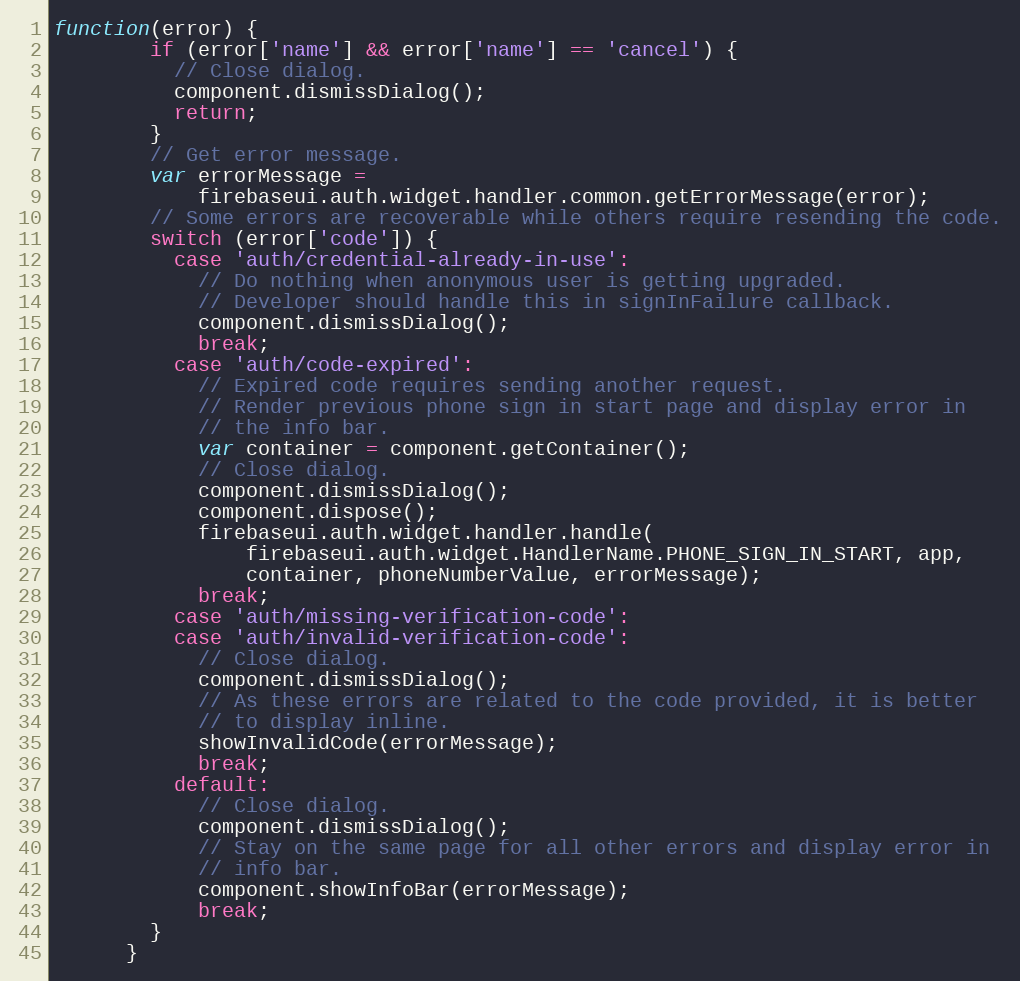
Language: JavaScript
function(error) {
        if (error['name'] && error['name'] == 'cancel') {
          // Close dialog.
          component.dismissDialog();
          return;
        }
        // Get error message.
        var errorMessage =
            firebaseui.auth.widget.handler.common.getErrorMessage(error);
        // Some errors are recoverable while others require resending the code.
        switch (error['code']) {
          case 'auth/credential-already-in-use':
            // Do nothing when anonymous user is getting upgraded.
            // Developer should handle this in signInFailure callback.
            component.dismissDialog();
            break;
          case 'auth/code-expired':
            // Expired code requires sending another request.
            // Render previous phone sign in start page and display error in
            // the info bar.
            var container = component.getContainer();
            // Close dialog.
            component.dismissDialog();
            component.dispose();
            firebaseui.auth.widget.handler.handle(
                firebaseui.auth.widget.HandlerName.PHONE_SIGN_IN_START, app,
                container, phoneNumberValue, errorMessage);
            break;
          case 'auth/missing-verification-code':
          case 'auth/invalid-verification-code':
            // Close dialog.
            component.dismissDialog();
            // As these errors are related to the code provided, it is better
            // to display inline.
            showInvalidCode(errorMessage);
            break;
          default:
            // Close dialog.
            component.dismissDialog();
            // Stay on the same page for all other errors and display error in
            // info bar.
            component.showInfoBar(errorMessage);
            break;
        }
      }